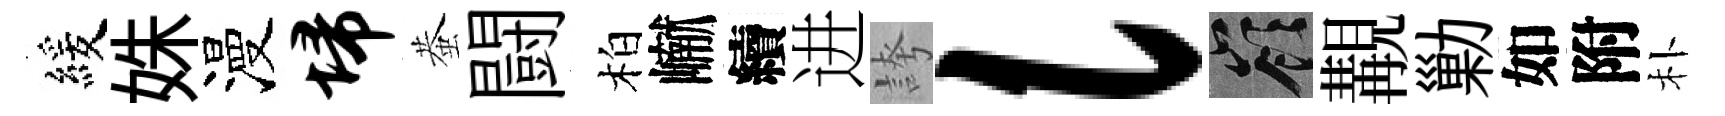
緩姝漫埽蛬闘柏𪩘續进誇l嶺覯勦如附朴